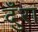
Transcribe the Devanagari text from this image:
दुँरा